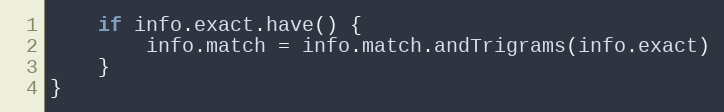
Language: Go
	if info.exact.have() {
		info.match = info.match.andTrigrams(info.exact)
	}
}